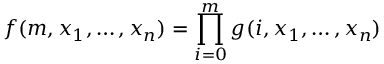
f ( m , x _ { 1 } , \ldots , x _ { n } ) = \prod _ { i = 0 } ^ { m } g ( i , x _ { 1 } , \ldots , x _ { n } )